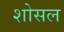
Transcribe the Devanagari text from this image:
शोसल